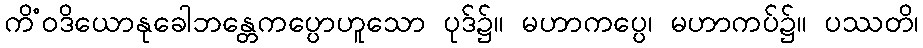
ကိံဝဒိယောနုခေါဘန္တေကပ္ပောဟူသော ပုဒ်၌။ မဟာကပ္ပေ၊ မဟာကပ်၌။ ပဿတိ၊